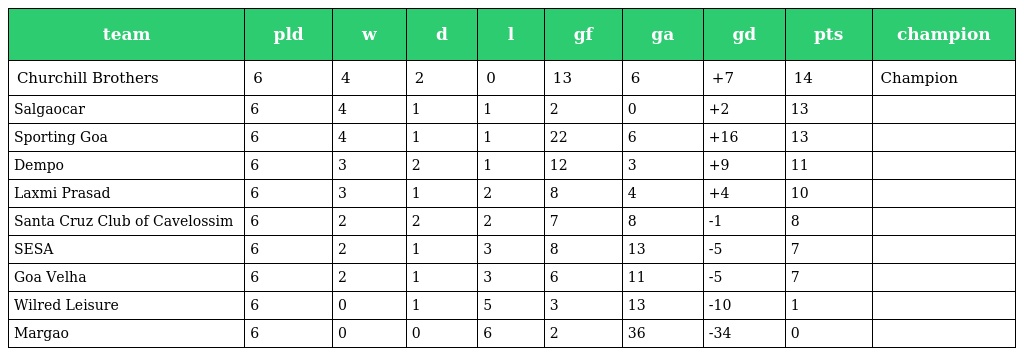
| team | pld | w | d | l | gf | ga | gd | pts | champion |
 | --- | --- | --- | --- | --- | --- | --- | --- | --- | --- |
 | Churchill Brothers | 6 | 4 | 2 | 0 | 13 | 6 | +7 | 14 | Champion |
 | Salgaocar | 6 | 4 | 1 | 1 | 2 | 0 | +2 | 13 |  |
 | Sporting Goa | 6 | 4 | 1 | 1 | 22 | 6 | +16 | 13 |  |
 | Dempo | 6 | 3 | 2 | 1 | 12 | 3 | +9 | 11 |  |
 | Laxmi Prasad | 6 | 3 | 1 | 2 | 8 | 4 | +4 | 10 |  |
 | Santa Cruz Club of Cavelossim | 6 | 2 | 2 | 2 | 7 | 8 | -1 | 8 |  |
 | SESA | 6 | 2 | 1 | 3 | 8 | 13 | -5 | 7 |  |
 | Goa Velha | 6 | 2 | 1 | 3 | 6 | 11 | -5 | 7 |  |
 | Wilred Leisure | 6 | 0 | 1 | 5 | 3 | 13 | -10 | 1 |  |
 | Margao | 6 | 0 | 0 | 6 | 2 | 36 | -34 | 0 |  |